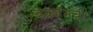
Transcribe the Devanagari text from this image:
बेकहॅमची